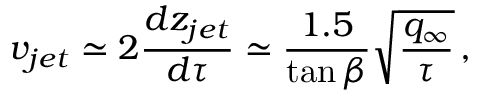
v _ { j e t } \simeq 2 \frac { d z _ { j e t } } { d \tau } \simeq \frac { 1 . 5 } { \tan { \beta } } \sqrt { \frac { q _ { \infty } } { \tau } } \, ,